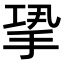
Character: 𢭤